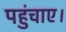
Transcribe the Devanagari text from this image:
पहुंचाए।